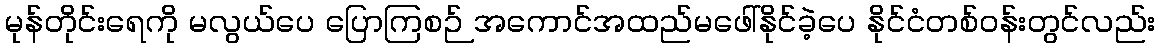
မုန်တိုင်းရေကို မလွယ်ပေ ပြောကြစဉ် အကောင်အထည်မဖေါ်နိုင်ခဲ့ပေ နိုင်ငံတစ်ဝန်းတွင်လည်း